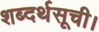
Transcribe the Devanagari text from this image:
शब्दर्थसूची।